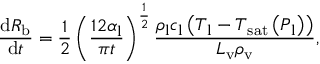
\frac { \mathrm d R _ { \mathrm { b } } } { \mathrm d t } = \frac { 1 } { 2 } \left( \frac { 1 2 \alpha _ { \mathrm { l } } } { \pi t } \right) ^ { \frac { 1 } { 2 } } \frac { \rho _ { \mathrm { l } } c _ { \mathrm { l } } \left( T _ { \mathrm { l } } - T _ { \mathrm { s a t } } \left( P _ { \mathrm { l } } \right) \right) } { L _ { \mathrm { v } } \rho _ { \mathrm { v } } } ,